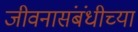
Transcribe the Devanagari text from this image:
जीवनासंबंधीच्या